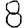
Digit: 8